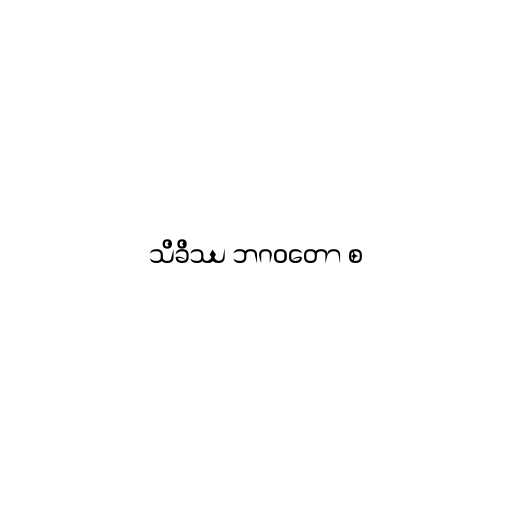
သိခိဿ ဘဂဝတော စ